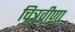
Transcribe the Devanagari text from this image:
चित्रवीणा